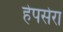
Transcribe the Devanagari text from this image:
हेपसेरा